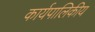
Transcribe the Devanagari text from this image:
कार्यपालिकीय